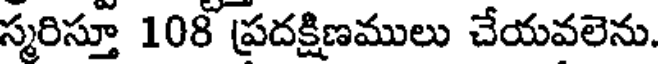
స్మరిస్తూ 108 ప్రదక్షిణములు చేయవలెను.